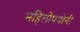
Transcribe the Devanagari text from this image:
महिलोपयोगी